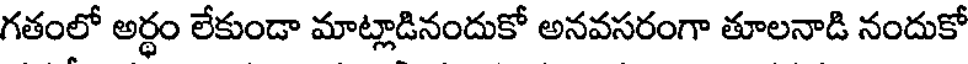
గతంలో అర్థం లేకుండా మాట్లాడినందుకో అనవసరంగా తూలనాడి నందుకో